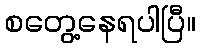
စတွေ့နေရပါပြီ။